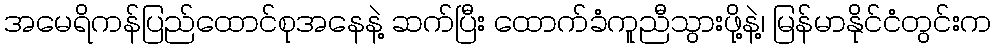
အမေရိကန်ပြည်ထောင်စုအနေနဲ့ ဆက်ပြီး ထောက်ခံကူညီသွားဖို့နဲ့၊ မြန်မာနိုင်ငံတွင်းက